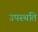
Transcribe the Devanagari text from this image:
उपस्थति